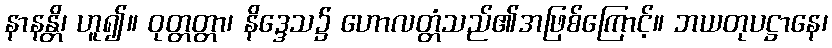
နာနန္တိ၊ ဟူ၍။ ဝုတ္တတ္တာ၊ နိဒ္ဒေသ၌ ဟောလတ္တံသည်၏အဖြစ်ကြောင့်။ ဘယတုပဋ္ဌာနေ၊